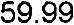
59.99